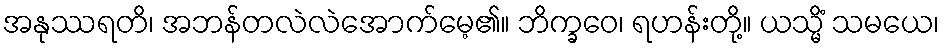
အနုဿရတိ၊ အဘန်တလဲလဲအောက်မေ့၏။ ဘိက္ခဝေ၊ ရဟန်းတို့။ ယသ္မိံ သမယေ၊